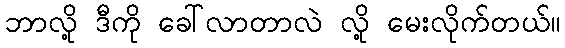
ဘာလို့ ဒီကို ခေါ်လာတာလဲ လို့ မေးလိုက်တယ်။